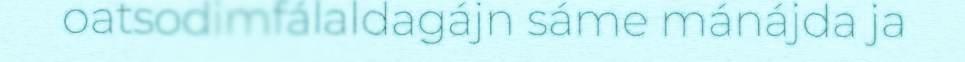
oatsodimfálaldagájn sáme mánájda ja